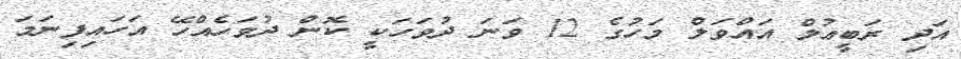
އަދި ރަބީޢުލް އައްވަލް މަހުގެ 12 ވަނަ ދުވަހަކީ ކޮން ދުވަހެއްހޭ އަހައިފިނަމަ